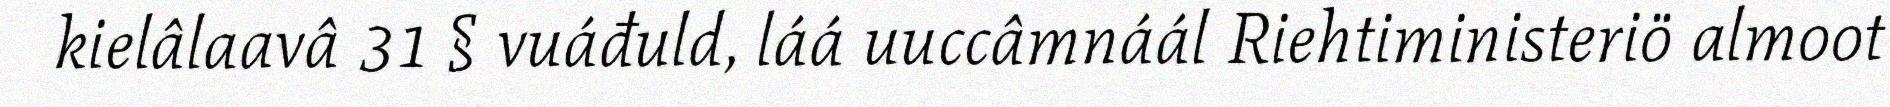
kielâlaavâ 31 § vuáđuld, láá uuccâmnáál Riehtiministeriö almoot